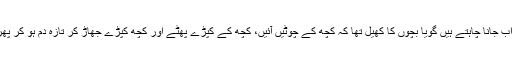
وہ تو آئے تھے اب جانا چاہتے ہیں گویا بچوں کا کھیل تھا کہ کچھ کے چوٹیں آئیں، کچھ کے کپڑے پھٹے اور کچھ کپڑے جھاڑ کر تازہ دم ہو کر پھر سے ڈٹ گئے۔